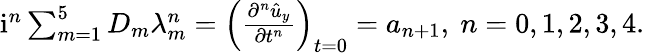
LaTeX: \begin{array}{r}{\mathrm{i}^{n}\sum_{m=1}^{5}D_{m}\lambda_{m}^{n}=\left(\frac{\partial^{n}\hat{u}_{y}}{\partial t^{n}}\right)_{t=0}=a_{n+1},\ n=0,1,2,3,4.}\end{array}